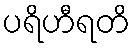
ပရိဟီရတိ